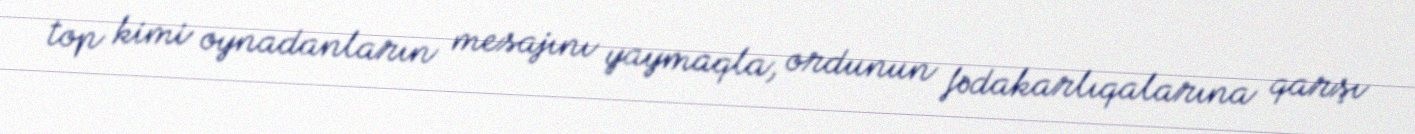
top kimi oynadanların mesajını yaymaqla, ordunun fədakarlıqalarına qarşı